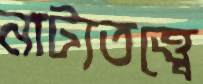
নাট্যতত্ত্বে